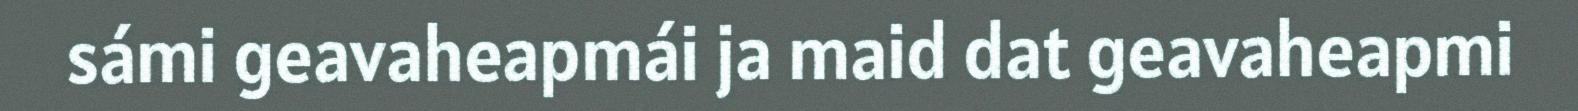
sámi geavaheapmái ja maid dat geavaheapmi